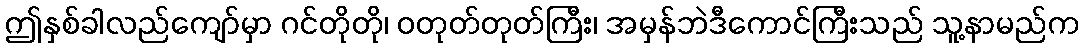
ဤနှစ်ခါလည်ကျော်မှာ ဂင်တိုတို၊ ဝတုတ်တုတ်ကြီး၊ အမှန်ဘဲဒီကောင်ကြီးသည် သူ့နာမည်က